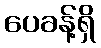
ပေခန့်ရှိ